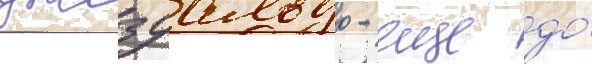
джезуальдо - еще до́